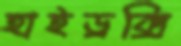
হাইড্রক্সি